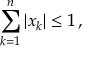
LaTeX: \sum _ { k = 1 } ^ { n } | x _ { k } | \leq 1 \, ,